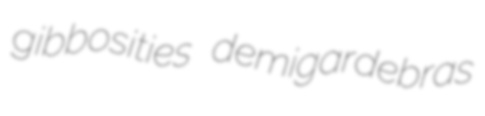
gibbosities demigardebras